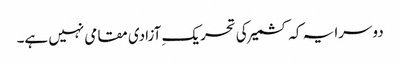
دوسرا یہ کہ کشمیر کی تحریکِ آزادی مقامی نہیں ہے۔